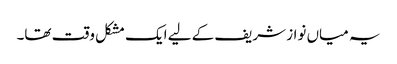
یہ میاں نواز شریف کے لیے ایک مشکل وقت تھا۔